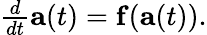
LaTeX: \begin{array}{r}{\frac{d}{dt}\mathbf{a}(t)=\mathbf{f}(\mathbf{a}(t)).}\end{array}